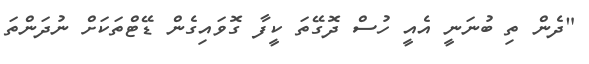
"ދެން ތި ބުނަނީ އެއީ ހުސް ދޮގޭތަ ކީފާ ގޮވައިގެން ޑޭޓްތަކަށް ނުދަންތަ